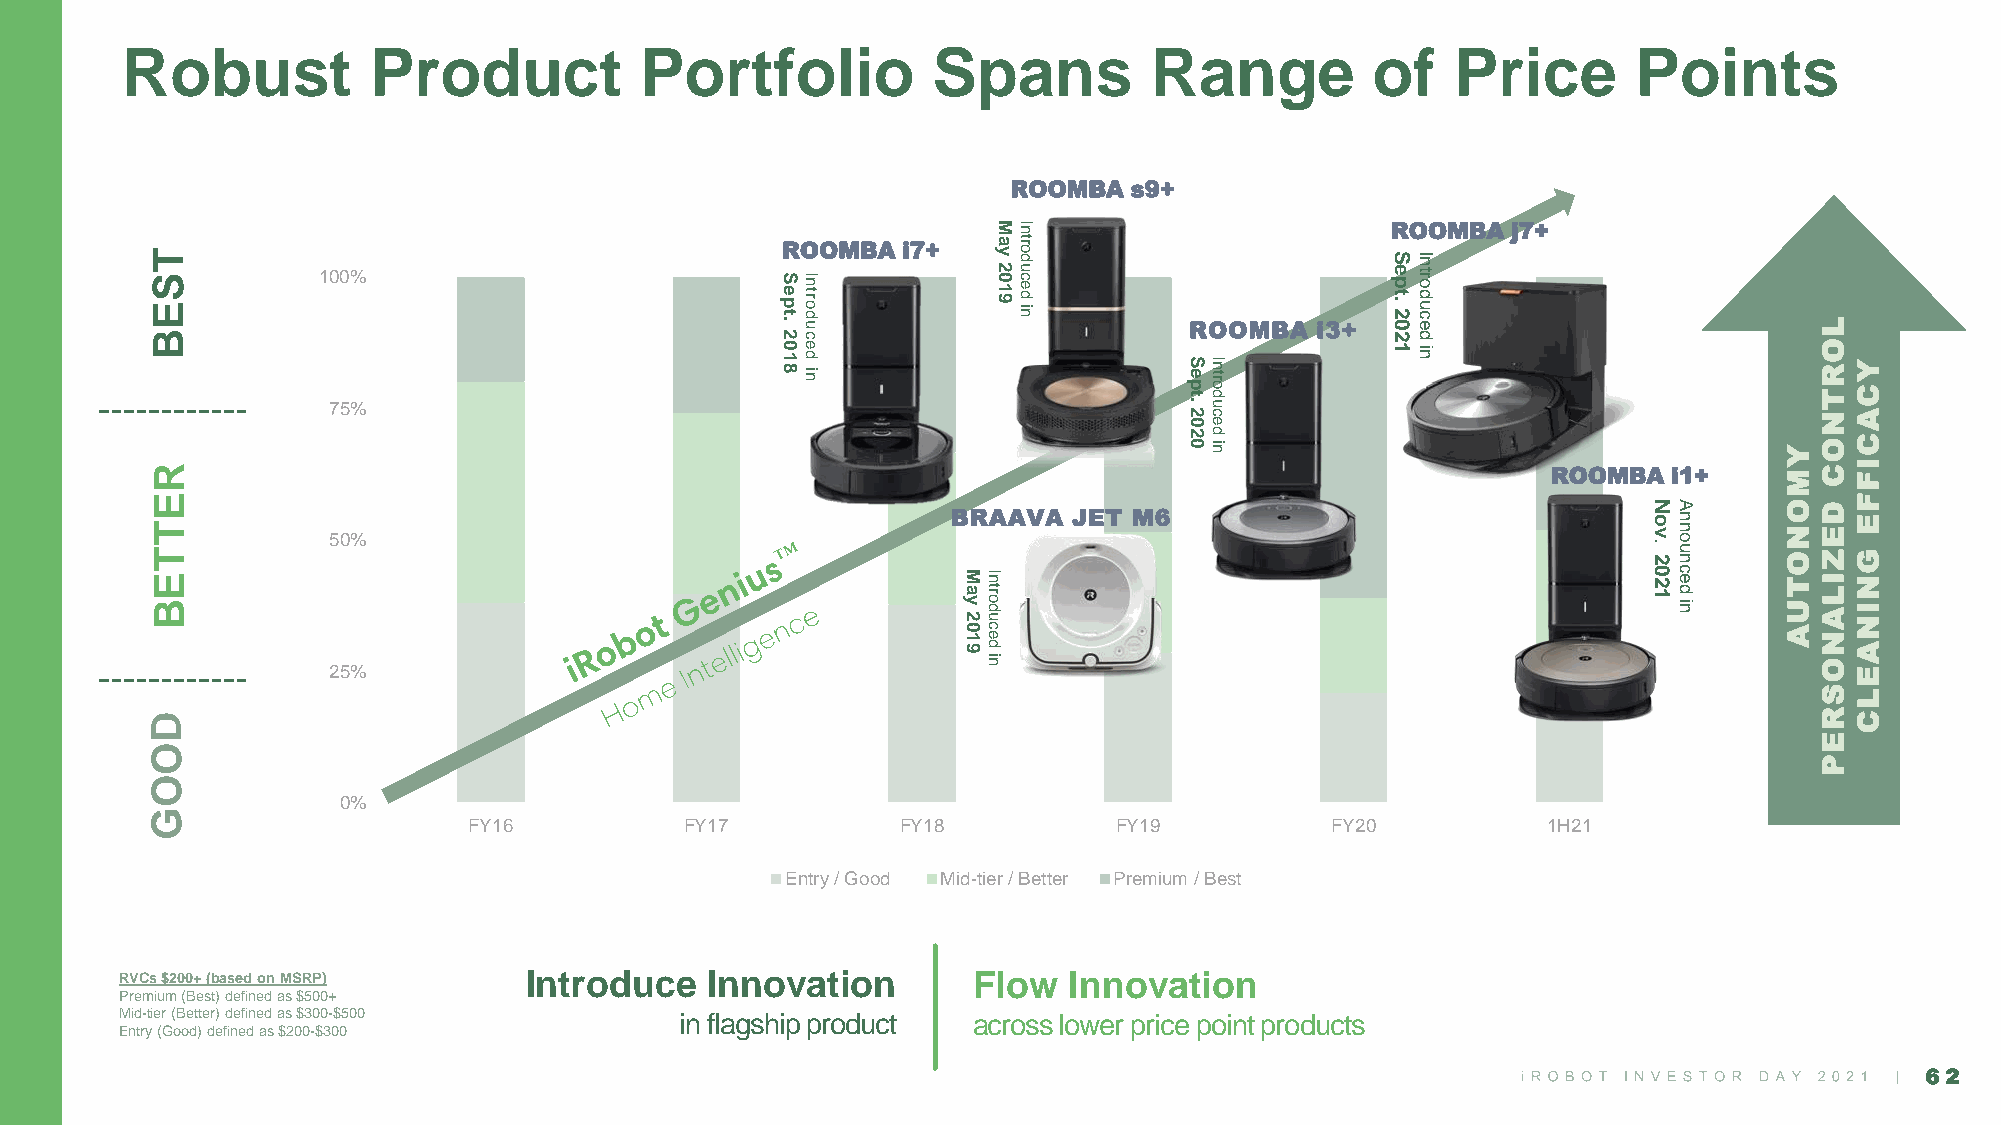
Robust          Product           Portfolio           Spans         Range          of   Price       Points
 ROOMBA  s9+
 MnI                       ROOMBA  j7+
 T
 S
 E
 100%
 tpeSRO dortnIOMBA i7+
 9102
 ya
 ni
 decudort
 2
 .tpeS cudortnI
 B                                         2
 . cu                       ROOMBA  i3+  20 de                       L
 75%
 810
 ni
 de
 0202
 .tpeS
 ni
 decudortnI
 1 ni                      YO
 R
 T
 N
 OY
 C
 A
 C
 R                                                                                            ROOMBA  i1+    MCI  F
 E
 BRAAVA  JET M6
 oN nA    O DF
 E
 T
 T
 50%                                                                                    v
 2
 .
 nuon   N OE
 Z  G
 E                                                     MnI                                          20 ec    TIN
 B
 2
 ya udort                                     1
 ni
 d      UL
 AI
 N
 10 ec                                                 A
 N
 25%
 9
 ni
 d                                                      OA
 E
 SL
 D                                                                                                             RC
 E
 O
 P
 O
 0%
 G
 FY16          FY17           FY18          FY19          FY20          1H21
 Entry / Good Mid-tier / Better Premium / Best
 RVCs $200+ (based on MSRP) Introduce   Innovation       Flow   Innovation
 Premium (Best) defined as $500+
 Mid-tier (Better) defined as $300-$500 in flagship product across lower price point products
 Entry (Good) defined as $200-$300
 62